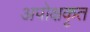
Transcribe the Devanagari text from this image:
अपोक्षकृत